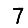
Digit: 7